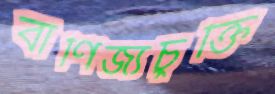
বাণিজ্যচুক্তি